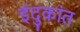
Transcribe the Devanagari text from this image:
इंदुकांत